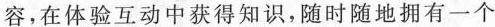
容。在体验互动中获得知识，随时随地拥有一个